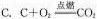
C.c+o。点燃co。